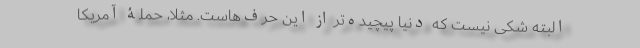
البته شکی نیست که دنیا پیچیده‌تر از این حرف‌هاست. مثلاً، حملۀ آمریکا